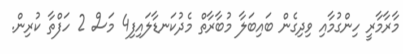
މާރާމާރީ ހިންގުމާއި ވިދިގެން ބައިބަލާ މުބާރާތް މެދުކަނޑާލައިފި4 މަސް 2 ހަފްތާ ކުރިން.